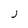
Character: J